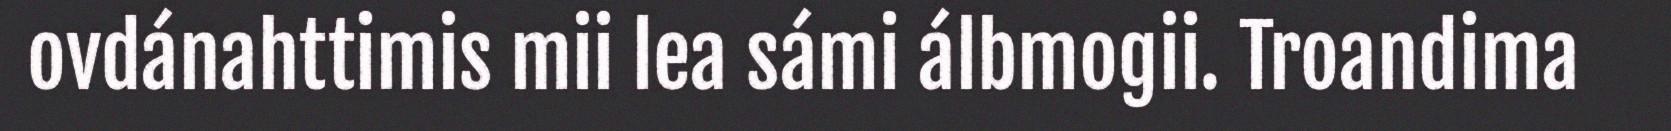
ovdánahttimis mii lea sámi álbmogii. Troandima